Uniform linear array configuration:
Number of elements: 12
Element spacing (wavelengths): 0.75
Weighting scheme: uniform
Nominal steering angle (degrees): -15
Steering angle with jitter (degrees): -15.561
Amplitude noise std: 0.05
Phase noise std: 0.05

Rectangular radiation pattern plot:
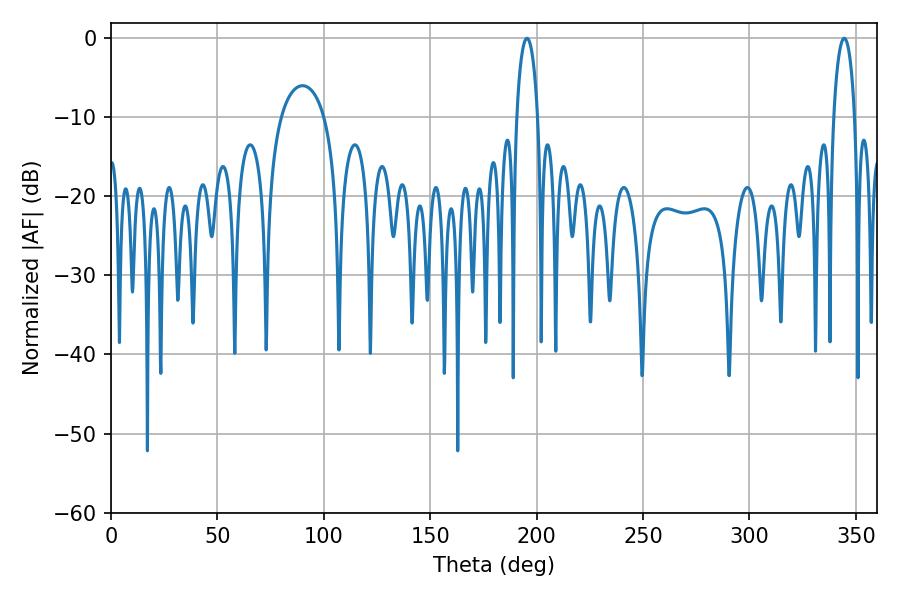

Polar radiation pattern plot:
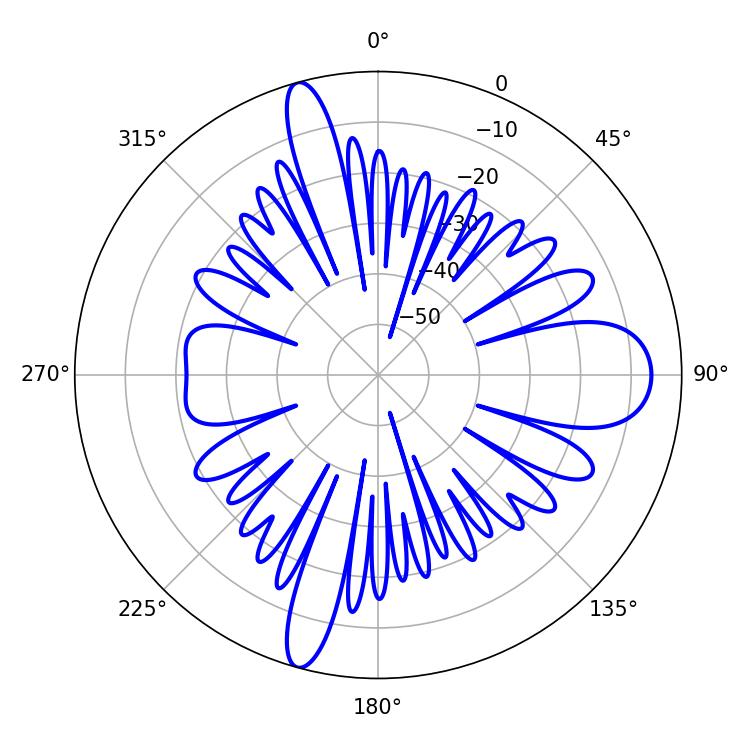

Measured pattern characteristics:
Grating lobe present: TRUE
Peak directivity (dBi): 18.909
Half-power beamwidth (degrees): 5.76
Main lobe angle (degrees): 195.48